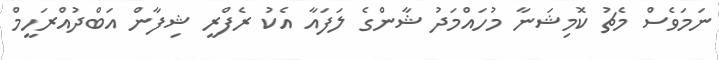
ނަމަވެސް މެޗު ކޮމިޝަނާ މުހައްމަދު ޝާންގެ ލަފައާ އެކު ރެފްރީ ޝިފާން އަބްދުއްރަހީމް